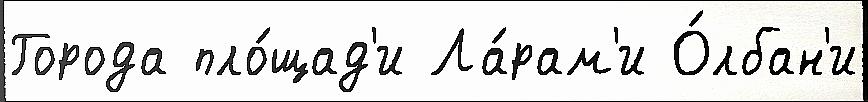
Города пло́щад'и Ла́рам'и О́лбан'и